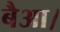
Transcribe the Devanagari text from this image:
बैआ।